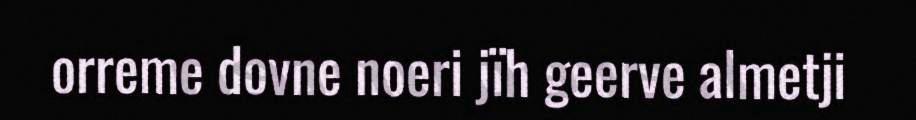
orreme dovne noeri jïh geerve almetji